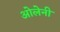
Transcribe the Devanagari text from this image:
ओलेनी